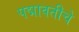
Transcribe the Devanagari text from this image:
पद्मावतीचे